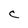
Character: C